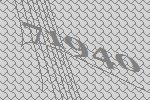
71940